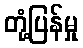
တုံ့ပြန်မှု